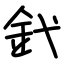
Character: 釴